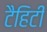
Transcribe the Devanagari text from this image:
टैहिटी